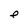
Character: e